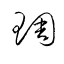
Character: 琱